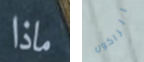
ماذا الراكون